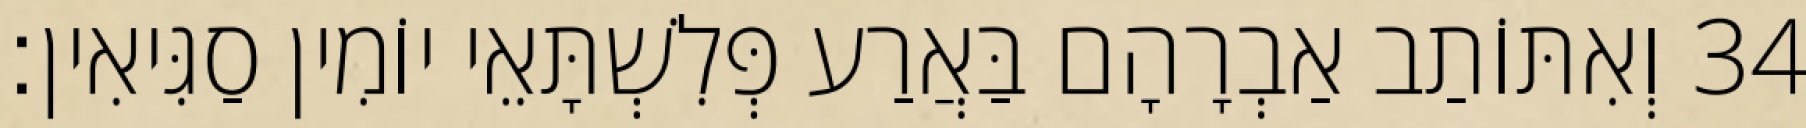
34 וְאִתּוֹתַב אַבְרָהָם בַּאֲרַע פְּלִשְׁתָּאֵי יוֹמִין סַגִּיאִין׃